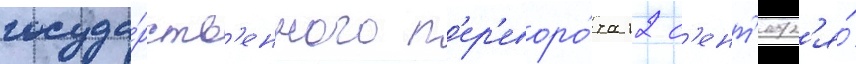
госуда́рств'енного п'ер'еворо́та 12 с'ент'ябр'я́